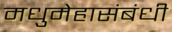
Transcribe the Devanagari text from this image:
मधुमेहासंबंधी